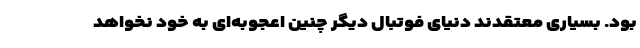
بود. بسیاری معتقدند دنیای فوتبال دیگر چنین اعجوبه‌ای به خود نخواهد